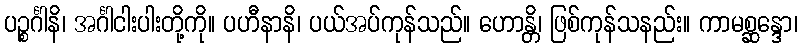
ပဉ္စင်္ဂါနိ၊ အင်္ဂါငါးပါးတို့ကို။ ပဟီနာနိ၊ ပယ်အပ်ကုန်သည်။ ဟောန္တိ၊ ဖြစ်ကုန်သနည်း။ ကာမစ္ဆန္ဒော၊